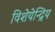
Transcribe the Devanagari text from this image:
विशेयेन्द्रिय